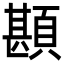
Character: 䫖